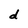
Character: d